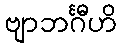
ဗျာဘင်္ဂီဟိ